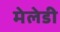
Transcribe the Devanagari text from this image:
मेलेडी